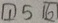
\boxed { 1 } 5 \boxed { 6 }